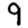
Digit: 9